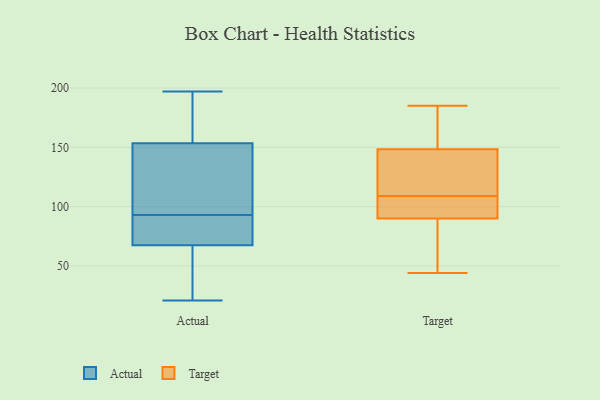
{"axis": {"x": "Conversion Rate (%)", "y": "Value"}, "legend": ["Actual", "Target"], "data": [{"x": "", "y": 146, "type": "Actual"}, {"x": "", "y": 62, "type": "Actual"}, {"x": "", "y": 86, "type": "Actual"}, {"x": "", "y": 21, "type": "Actual"}, {"x": "", "y": 84, "type": "Actual"}, {"x": "", "y": 195, "type": "Actual"}, {"x": "", "y": 116, "type": "Actual"}, {"x": "", "y": 156, "type": "Actual"}, {"x": "", "y": 31, "type": "Actual"}, {"x": "", "y": 93, "type": "Actual"}, {"x": "", "y": 197, "type": "Actual"}, {"x": "", "y": 130, "type": "Target"}, {"x": "", "y": 90, "type": "Target"}, {"x": "", "y": 185, "type": "Target"}, {"x": "", "y": 152, "type": "Target"}, {"x": "", "y": 154, "type": "Target"}, {"x": "", "y": 91, "type": "Target"}, {"x": "", "y": 90, "type": "Target"}, {"x": "", "y": 76, "type": "Target"}, {"x": "", "y": 119, "type": "Target"}, {"x": "", "y": 44, "type": "Target"}, {"x": "", "y": 145, "type": "Target"}, {"x": "", "y": 99, "type": "Target"}]}